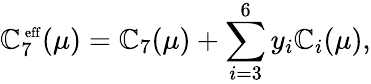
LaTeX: \mathbb{C}_{7}^{\mathrm{{\scriptsize~eff}}}(\mu)=\mathbb{C}_{7}(\mu)+\sum_{i=3}^{6}y_{i}\mathbb{C}_{i}(\mu),